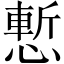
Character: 慙